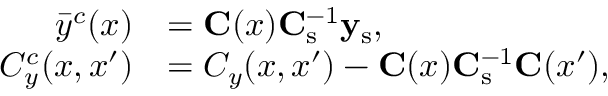
\begin{array} { r l } { \bar { y } ^ { c } ( x ) } & { = \mathbf { C } ( x ) \mathbf { C } _ { \mathrm { s } } ^ { - 1 } \mathbf { y } _ { \mathrm { s } } , } \\ { C _ { y } ^ { c } ( x , x ^ { \prime } ) } & { = C _ { y } ( x , x ^ { \prime } ) - \mathbf { C } ( x ) \mathbf { C } _ { \mathrm { s } } ^ { - 1 } \mathbf { C } ( x ^ { \prime } ) , } \end{array}